Bréfritari: Ólafur Sigurðsson
Viðtakandi: Jón Borgfirðingur
Dagsetning: A-1862-12-04
Skrifað á: Ási í Hegranesi  Skag.

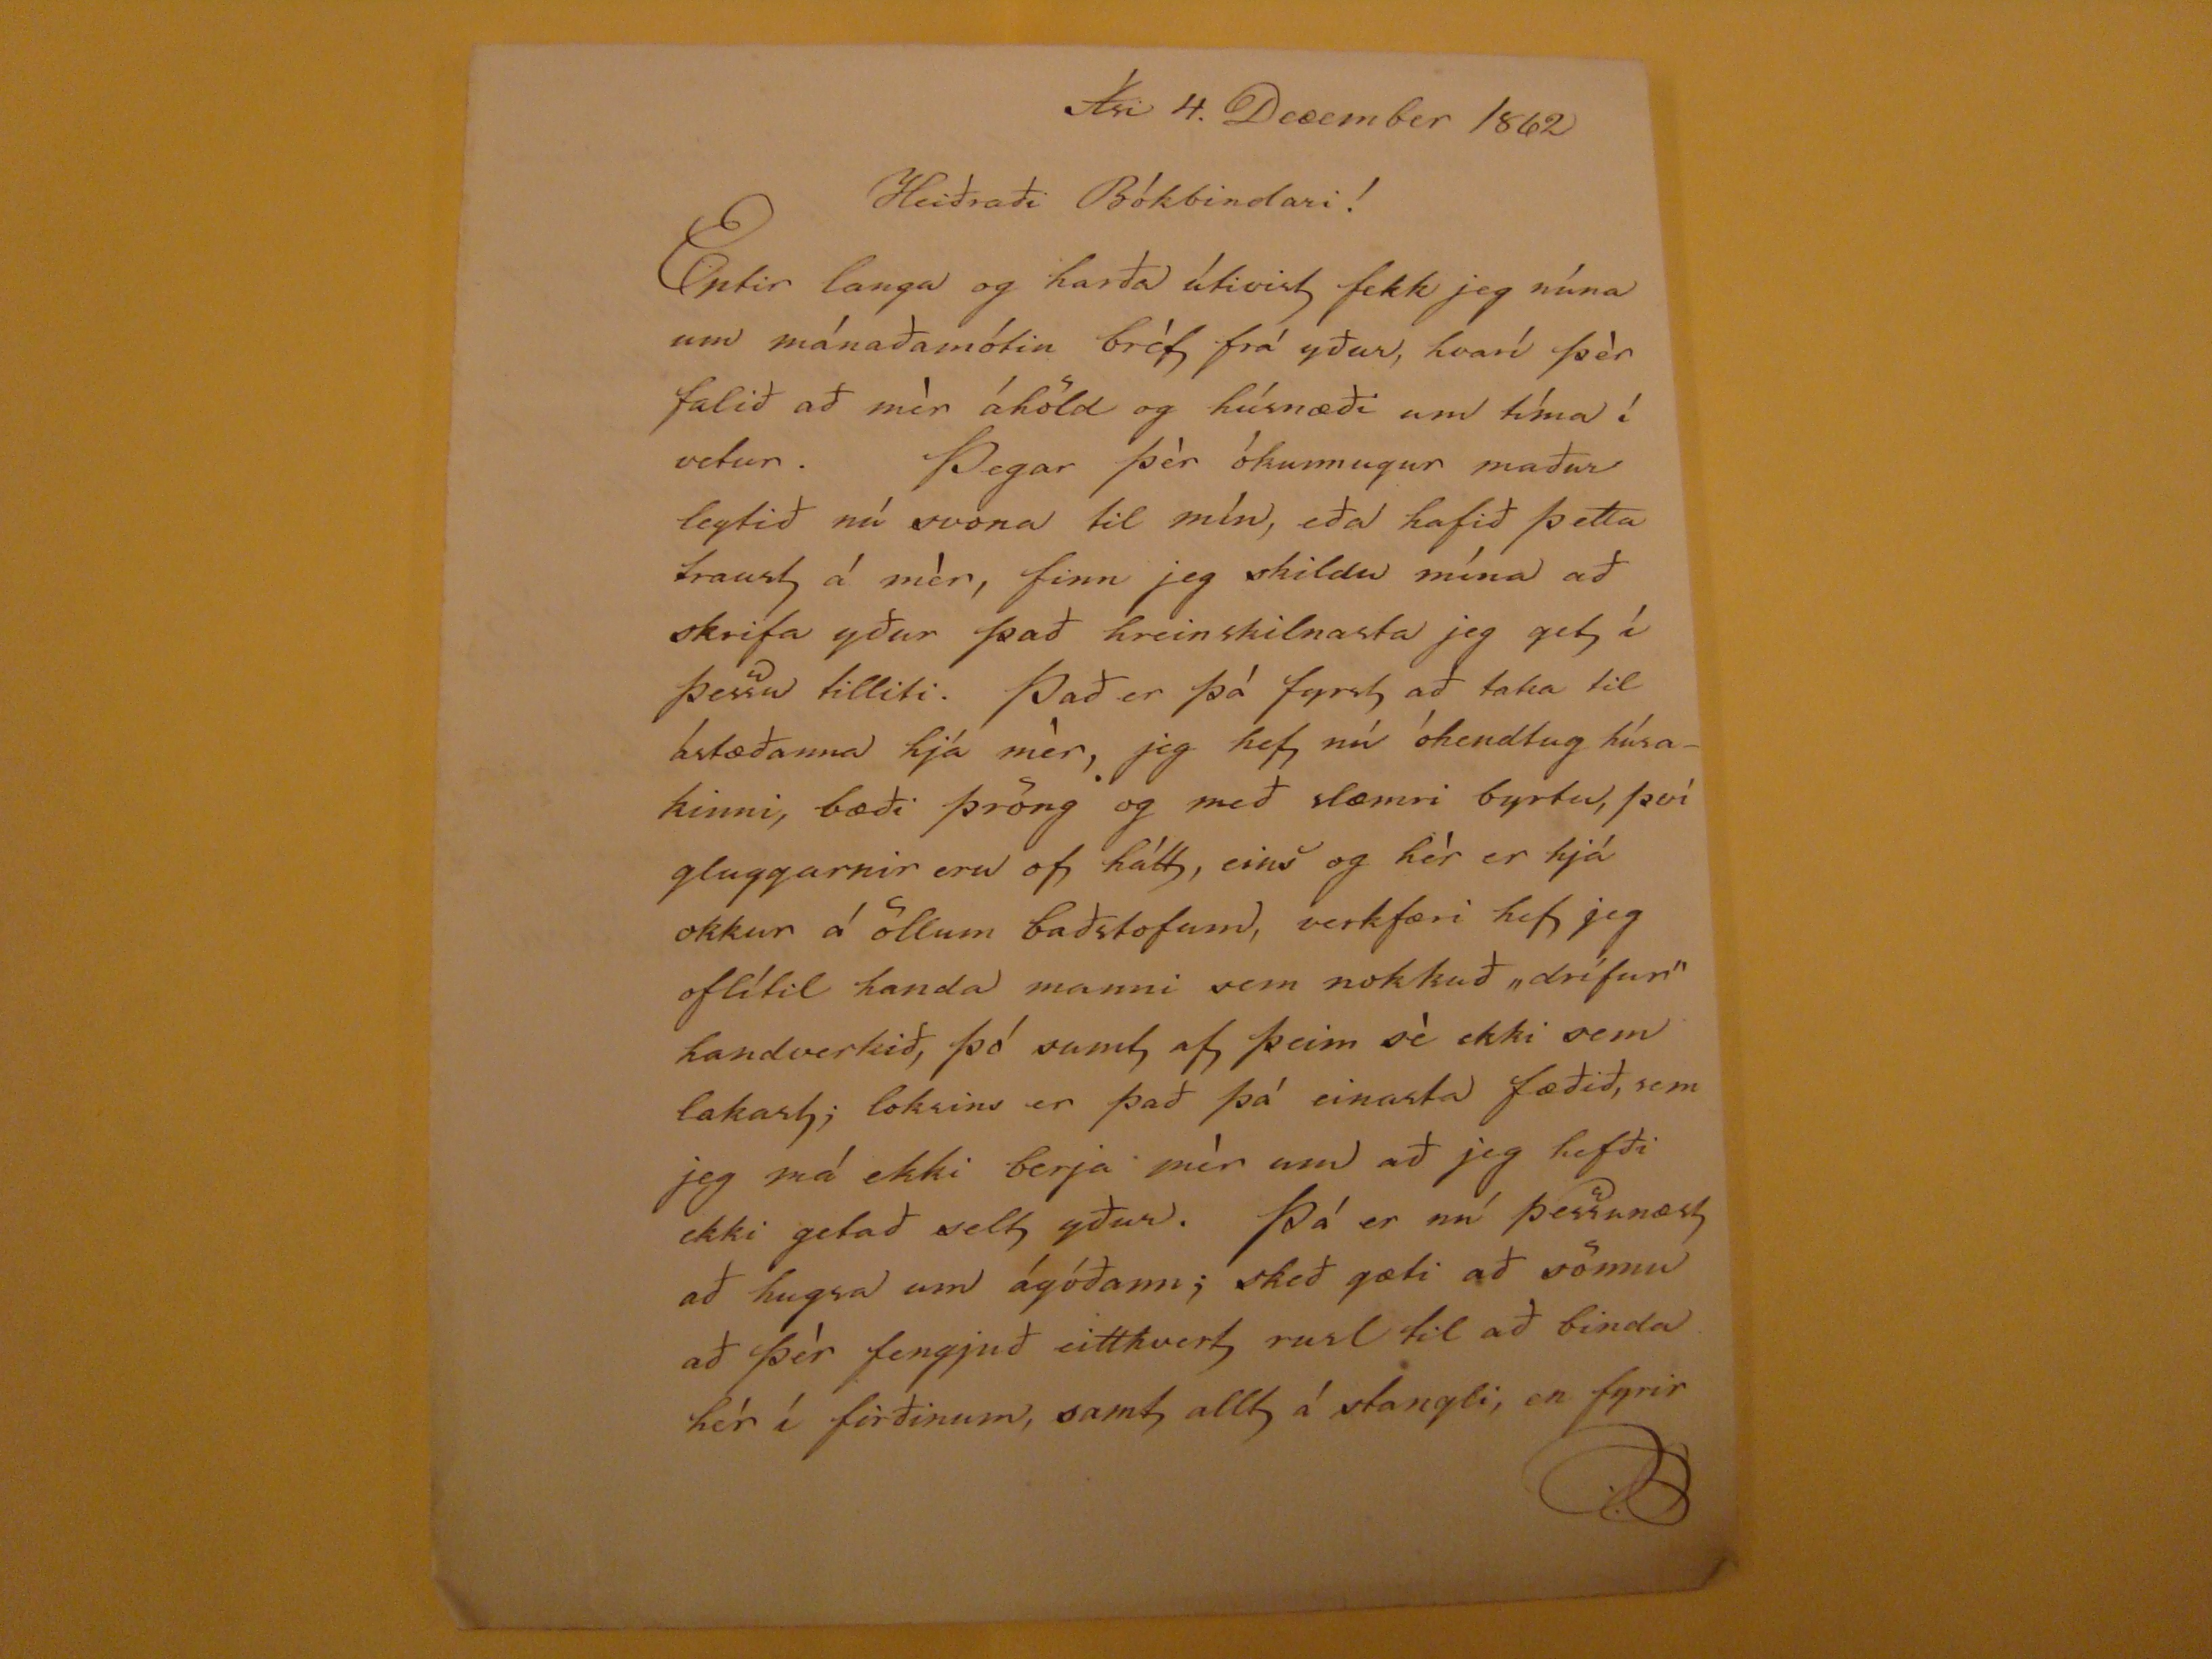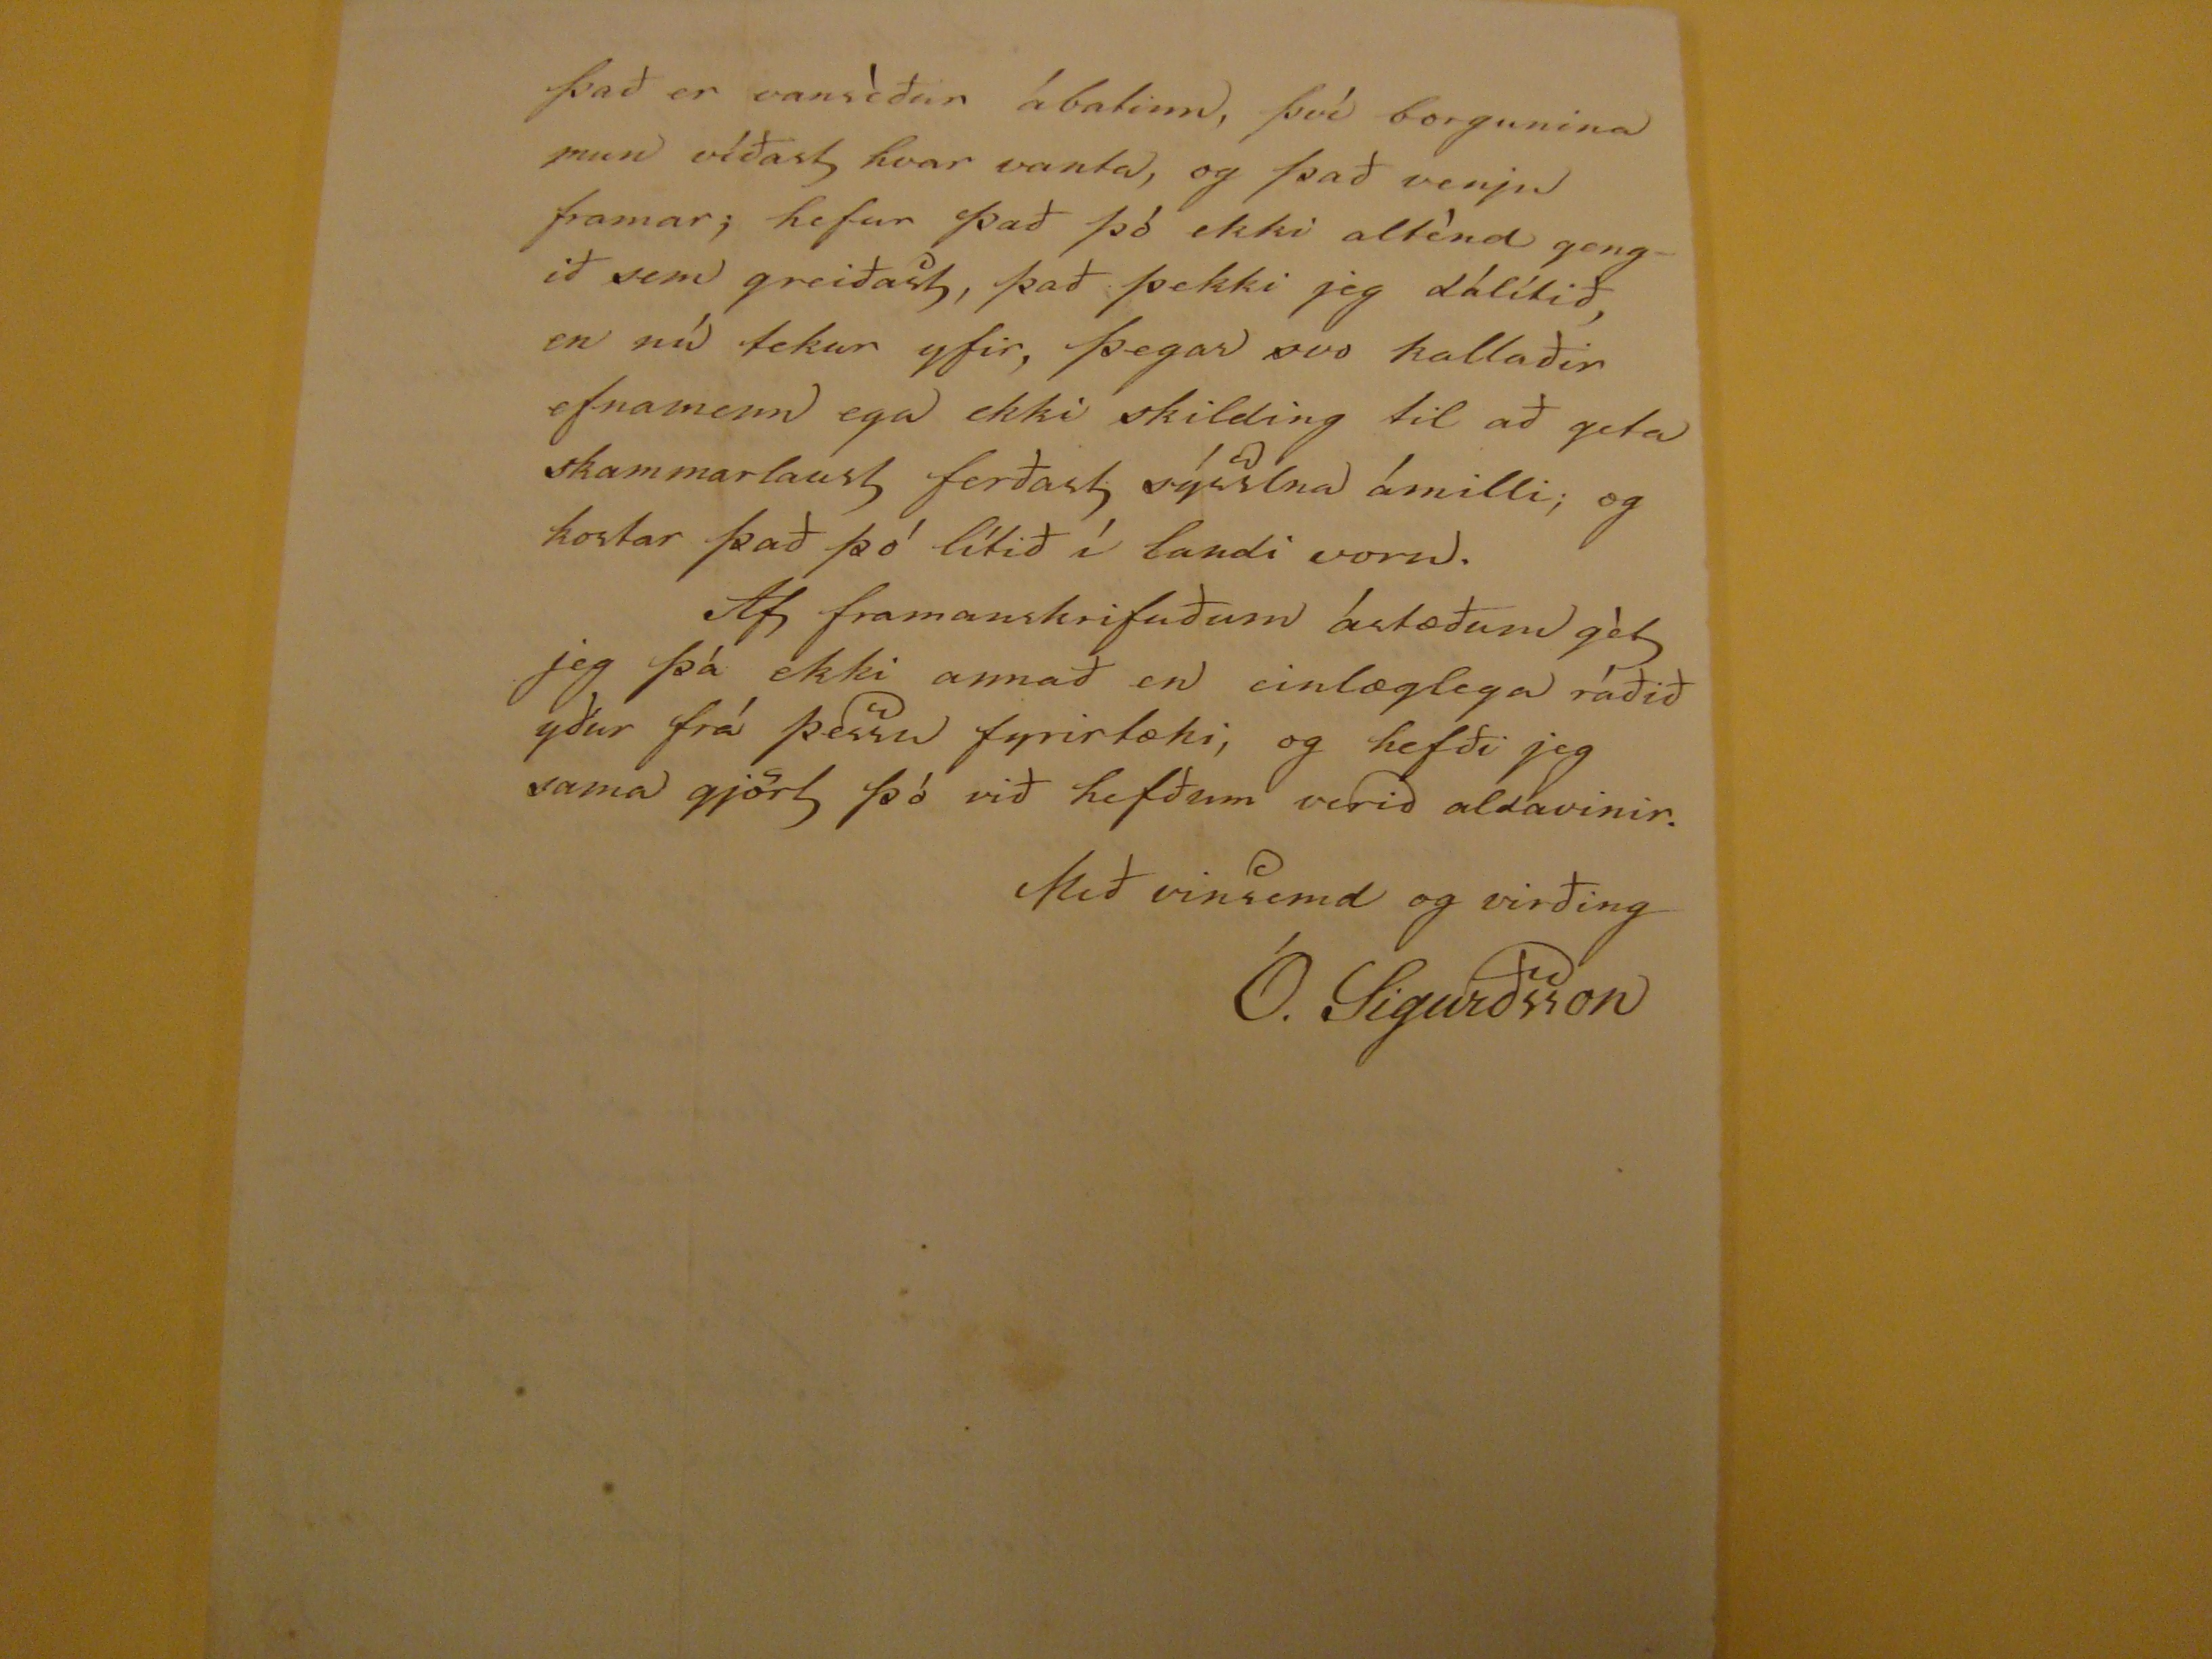

Ási 4. December 1862
Heiðraði Bókbindari!
Eptir langa og harða útivist fekk jeg núna um mánaðamótin brèf frà ydur, hvarí þèr falið að mèr áhöld og húsnæði um tíma í vetur. Þegar þèr òkunnugur maður leyfið nú svona til mín, eða hafið þetta traust á mèr, finn jeg skildu mína að skrifa yður það hreinskilnasta jeg get í þessu tilliti. Það er þá fyrst að taka til ástæðanna hjá mèr, jeg hef nú óhendtug húsakinni, bæði þröng og með slæmri byrtu, því gluggarnir eru of hátt, eins og hèr er hjá okkur á öllum baðstofum, verkfæri hef jeg oflítil handa manni sem nokkuð "drífur" handverkið, þó samt af þeim sè ekki sem lakast; loksins er það þá einasta fæðið, sem jeg má ekki berja mér um að jeg hefði ekki getað selt yður. Þá er nú þessunæst að hugsa um ágóðann; skeð gæti að sömu að þèr fengjuð eitthvert rusl til að binda hèr í firðinum, samt allt á stangli en fyrir
það er vansìdur ábatinn, því borgunina mun víðast hvar vanta, og það venju framar; hefur það þó ekki altínd gengid sem greiðast, það þekki jeg dálítið, en nú tekur yfir, þegar svo kallaðir efnamenn ega ekki skilding til aðgeta skammarlaust ferðast sýsslna ámilli; og kostar það þò lítið í landi voru.
Af framanskrifuðum ástæðum gèt jeg þá ekki annað en einlæglega ráðið yður frá þessu fyrirtæki, og hefði jeg sama gjört þó við hefðum verið aldavinir.
Með vinsemd og virðing
Ó. Sigurðsson